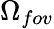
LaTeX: \Omega_{fov}